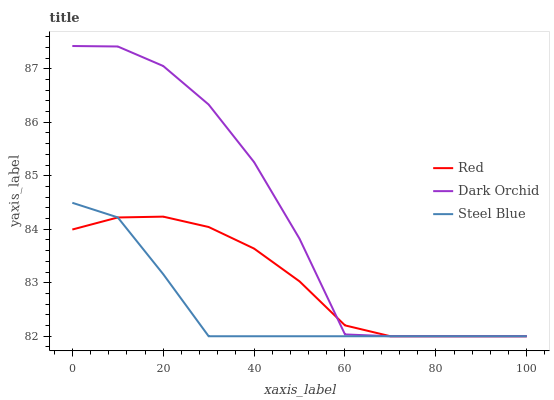
| xaxis_label | Red | Dark Orchid | Steel Blue |
 | --- | --- | --- | --- |
 | 0 | 84 | 87.4 | 84.5 |
 | 10 | 84.2 | 87.4 | 84.2 |
 | 20 | 84.2 | 87.1 | 83.2 |
 | 30 | 84 | 86.3 | 82 |
 | 40 | 83.6 | 85.3 | 82 |
 | 50 | 83 | 83.8 | 82 |
 | 60 | 82.2 | 82 | 82 |
 | 70 | 82 | 82 | 82 |
 | 80 | 82 | 82 | 82 |
 | 90 | 82 | 82 | 82 |
 | 100 | 82 | 82 | 82 |